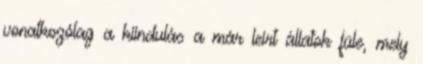
vonatkozólag a kiindulás a már leírt állatok füle, mely